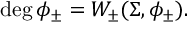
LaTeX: \deg \phi _ { \pm } = W _ { \pm } ( \Sigma , \phi _ { \pm } ) .